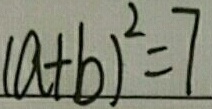
( a + b ) ^ { 2 } = 7